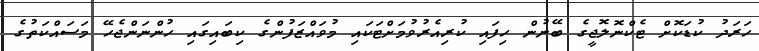
ހަރަދު ކުޑަކޮށް ޓެކްނޮލޮޖީގެ ބޭނުން ހިފައި ކުރިއެރުވުމަށްޓަކައި މުވައްޒަފުންގެ ކިބައިގައި ހުންނަންޖެހޭ މަސައްކަތުގެ